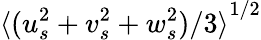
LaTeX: {\langle(u_{s}^{2}+v_{s}^{2}+w_{s}^{2})/3\rangle}^{1/2}